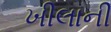
ખીલાની